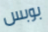
بوبس